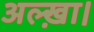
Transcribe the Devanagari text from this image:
अल्ख़ा।